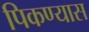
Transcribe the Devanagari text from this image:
पिकण्यास